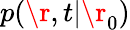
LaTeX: p(\r,t|\r_{0})